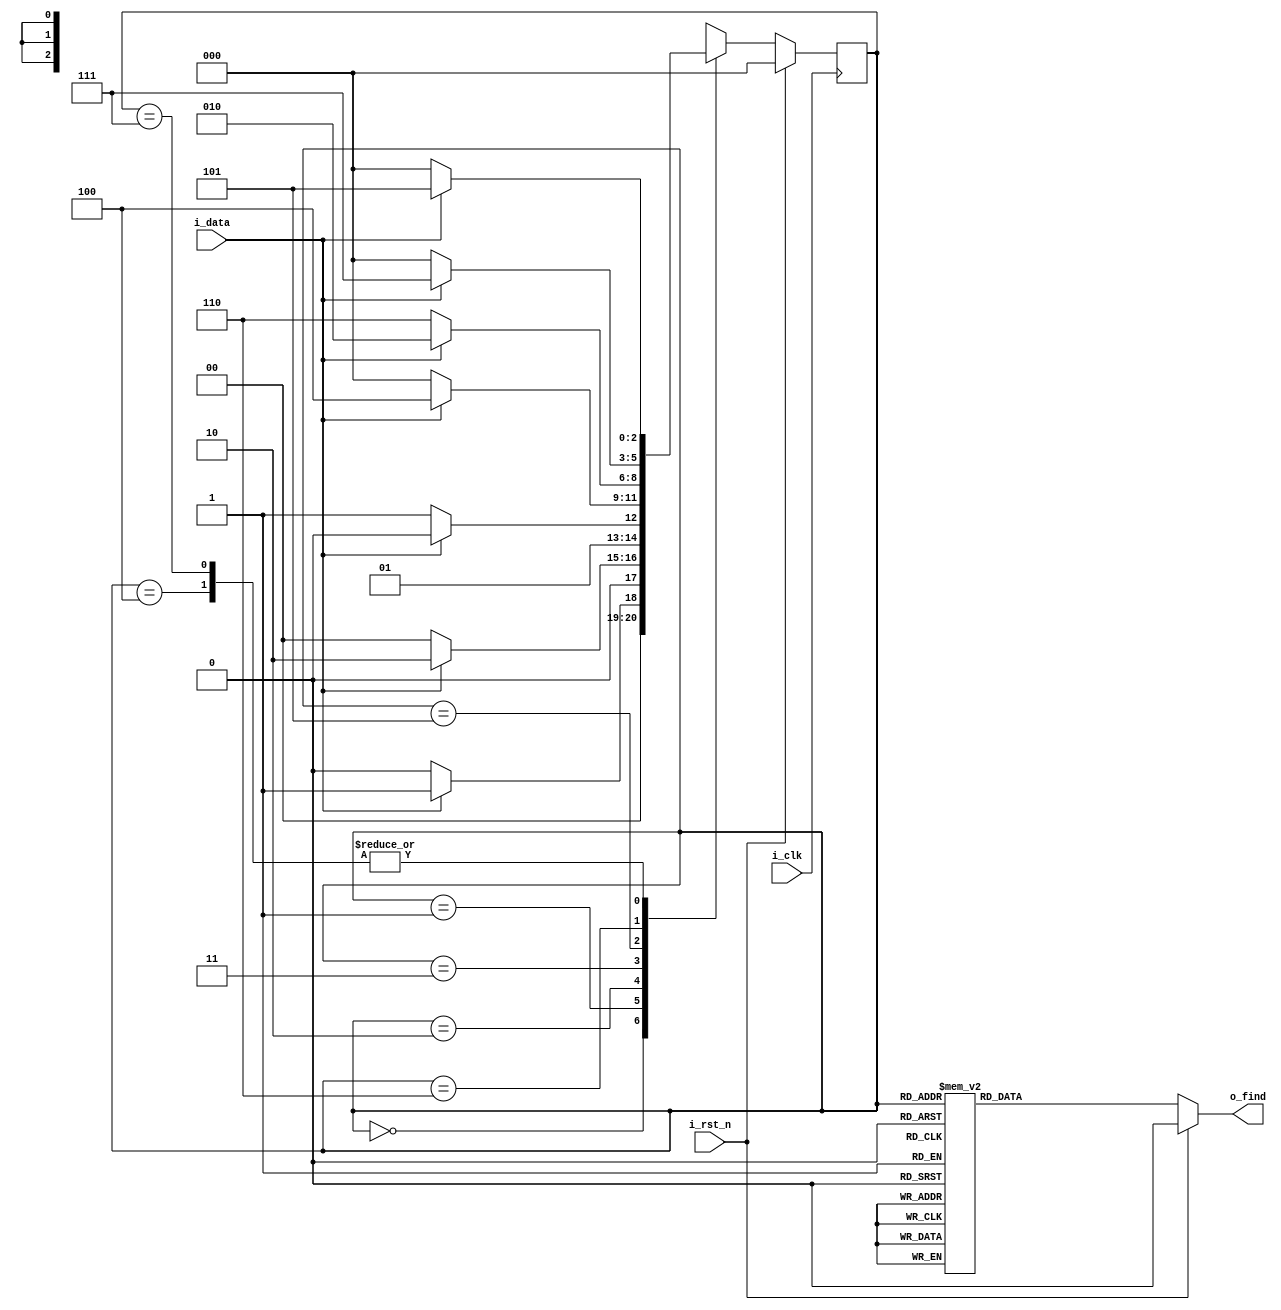
////////////////////////////////////////////////////////////////
//
// Module: HW3_dp.v
// mylesjohnson15@ucla.edu
//
// Description:
// FSM for HW3
//
// Parameters:
// S0, S1, S2, S3, S4, S5, S6, S7
// Inputs:
// CLK, RESET, DATA
// Outputs:
// FIND
////////////////////////////////////////////////////////////////
module HW3_dp (i_clk, i_rst_n, i_data, o_find);
////////////////////////////////////////////////////////////////
parameter [2:0] S0 = 3'b000, // State 0
                S1 = 3'b001, // State 1
                S2 = 3'b010, // State 2
                S3 = 3'b011, // State 3
                S4 = 3'b100, // State 4
                S5 = 3'b101, // State 5
                S6 = 3'b110, // State 6
                S7 = 3'b111; // State 7

input i_clk; // CLK signal
input i_rst_n; // reset pin
input i_data; // input data
output reg o_find; // output "1" = HI if pattern found else "0" = LO

reg[2:0] state, next; 
  
//Present State FF Block
always @(posedge i_clk)
    if(i_rst_n)
      state <= S0;
  	else
      state <= next;
    
//Next State Logic Block, based of State Diagram
always @(i_data or state)
    begin
      case(state)
        S0: if (i_data) next = S1;
        	else next = S0;
        S1: if (i_data) next = S2;
        	else next = S0;
        S2: if (i_data) next = S2;
        	else next = S3;
        S3: if (i_data) next = S4;
        	else next = S0;
        S4: if (i_data) next = S5;
        	else next = S0;
        S5: if (i_data) next = S2;
        	else next = S6;
        S6: if (i_data) next = S7;
        	else next = S0;
        S7: if (i_data) next = S5;
        	else next = S0;
      endcase
    end
  
//Output Logic Block
always @(state)
    if (i_rst_n)
      o_find <= 0;
    else 
    case(state)
      S0: o_find <= 0;
      S1: o_find <= 0;
      S2: o_find <= 0;
      S3: o_find <= 0;
      S4: o_find <= 0;
      S5: o_find <= 0;
      S6: o_find <= 0;
      S7: o_find <= 1;
      default: o_find <= 0;
    endcase
endmodule